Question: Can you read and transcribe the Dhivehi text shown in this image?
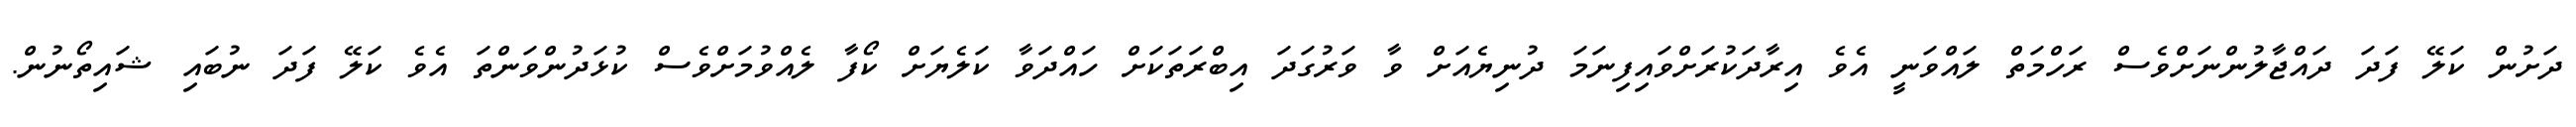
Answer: ދަށުން ކަލޭ ފަދަ ދައްޖާލުންނަށްވެސް ރަހްމަތް ލައްވަނީ އެވެ އިރާދަކުރަށްވައިފިނަމަ ދުނިޔެއަށް ވާ ވަރުގަދަ އިބްރަތަކަށް ހައްދަވާ ކަލެޔަށް ކޯފާ ލެއްވުމަށްވެސް ކުޅަދުންވަންތަ އެވެ ކަލޭ ފަދަ ނުބައި ޝައިތޯނުން.